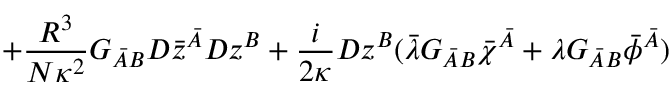
+ \frac { R ^ { 3 } } { N \kappa ^ { 2 } } G _ { \bar { A } B } D \bar { z } ^ { \bar { A } } D z ^ { B } + \frac { i } { 2 \kappa } D z ^ { B } ( \bar { \lambda } G _ { \bar { A } B } \bar { \chi } ^ { \bar { A } } + \lambda G _ { \bar { A } B } \bar { \phi } ^ { \bar { A } } )